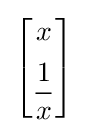
{\begin{bmatrix}x\\[5pt]{\dfrac {1}{x}}\end{bmatrix}}